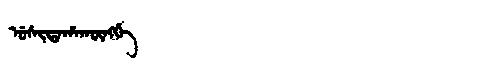
Manchu: ᡠᠰᡳᡨᠠᡥᠠᡴᡡᠩᡤᡝ
Romanization: USITAHAKŪNGGE